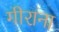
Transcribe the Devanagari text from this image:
गीराना